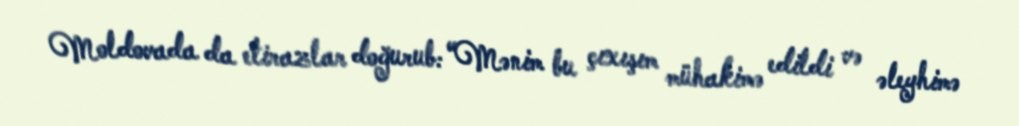
Moldovada da etirazlar doğurub: “Mənim bu çıxışım mühakimə edildi və əleyhimə